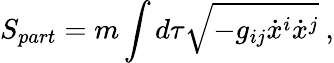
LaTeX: S_{part}=m\int d\tau\sqrt{-g_{ij}\dot{x}^{i}\dot{x}^{j}}~,